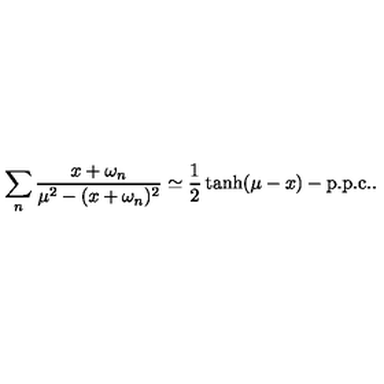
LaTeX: \sum _ { n } \frac { x + \omega _ { n } } { \mu ^ { 2 } - ( x + \omega _ { n } ) ^ { 2 } } \simeq \frac { 1 } { 2 } \tanh ( \mu - x ) - \mathrm { p . p . c . } .